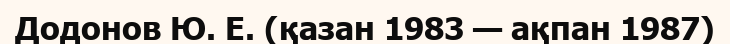
Додонов Ю. Е. (қазан 1983 — ақпан 1987)